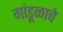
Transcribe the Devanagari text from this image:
गांडूळाचे